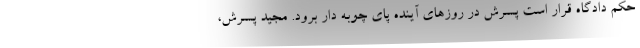
حکم دادگاه قرار است پسرش در روزهای آینده پای چوبه دار برود. مجید پسرش،